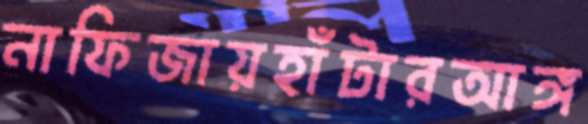
নাফিজায়হাঁটারআঙ্গ